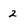
Character: 2